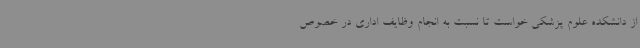
از دانشکده علوم پزشکی خواست تا نسبت به انجام وظایف اداری در خصوص